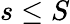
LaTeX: s\leq S